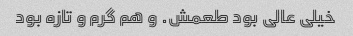
خیلی عالی بود طعمش. و هم گرم و تازه بود